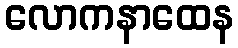
လောကနာထေန